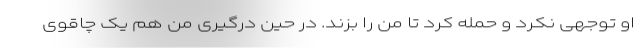
او توجهی نکرد و حمله کرد تا من را بزند. در حین درگیری من هم یک چاقوی